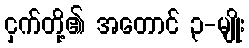
ငှက်တို့၏ အတောင် ၃-မျိုး